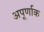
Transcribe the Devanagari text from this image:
अपूर्णाक